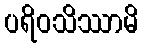
ပရိဝသိဿာမိ